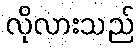
လိုလားသည်